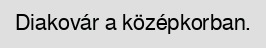
Diakovár a középkorban.